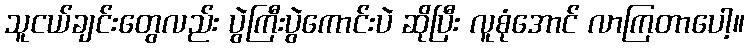
သူငယ်ချင်းတွေလည်း ပွဲကြီးပွဲကောင်းပဲ ဆိုပြီး လူစုံအောင် လာကြတာပေါ့။